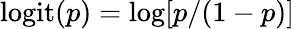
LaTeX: \mathrm{logit}(p)=\log[p/(1-p)]